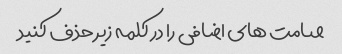
صامت های اضافی را در کلمه زیر حذف کنید